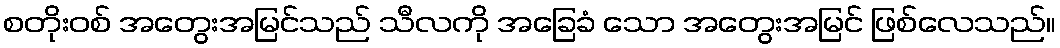
စတိုးဝစ် အတွေးအမြင်သည် သီလကို အခြေခံ သော အတွေးအမြင် ဖြစ်လေသည်။